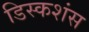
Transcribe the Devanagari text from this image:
डिस्कशंस